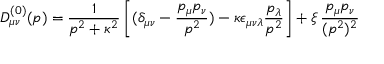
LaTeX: D _ { \mu \nu } ^ { ( 0 ) } ( p ) = \frac { 1 } { p ^ { 2 } + \kappa ^ { 2 } } \left[ ( \delta _ { \mu \nu } - \frac { p _ { \mu } p _ { \nu } } { p ^ { 2 } } ) - \kappa \epsilon _ { \mu \nu \lambda } \frac { p _ { \lambda } } { p ^ { 2 } } \right] + \xi \, \frac { p _ { \mu } p _ { \nu } } { ( p ^ { 2 } ) ^ { 2 } }